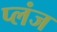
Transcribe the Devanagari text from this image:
प्लंज